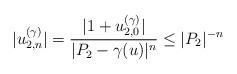
LaTeX: \begin{align*} \lvert u_{2,n}^{(\gamma)} \rvert = \frac{\lvert 1+ u_{2,0}^{(\gamma)} \rvert}{ \lvert P_2 - \gamma(u) \rvert^n } \leq \lvert P_2 \rvert^{-n}\end{align*}